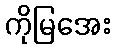
ကိုမြအေး